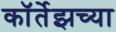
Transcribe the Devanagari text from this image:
कॉर्तेझच्या